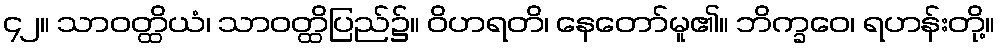
၄၂။ သာဝတ္ထိယံ၊ သာဝတ္ထိပြည်၌။ ဝိဟရတိ၊ နေတော်မူ၏။ ဘိက္ခဝေ၊ ရဟန်းတို့။